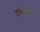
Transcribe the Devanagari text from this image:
दाबभिन्नता